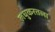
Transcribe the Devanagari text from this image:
लघुकरतला